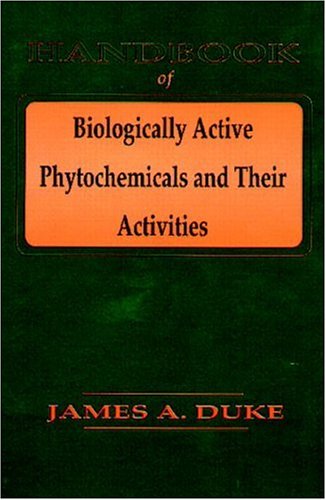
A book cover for Handbook of Biologically Active Phytochemicals & Their Activities; James A. Duke; Medical Books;